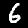
Digit: 6